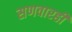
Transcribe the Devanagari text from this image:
सणवारही